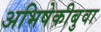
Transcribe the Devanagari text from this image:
अभिषेकीबुवा